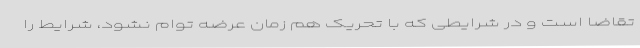
تقاضا است و در شرایطی که با تحریک هم زمان عرضه توام نشود، شرایط را